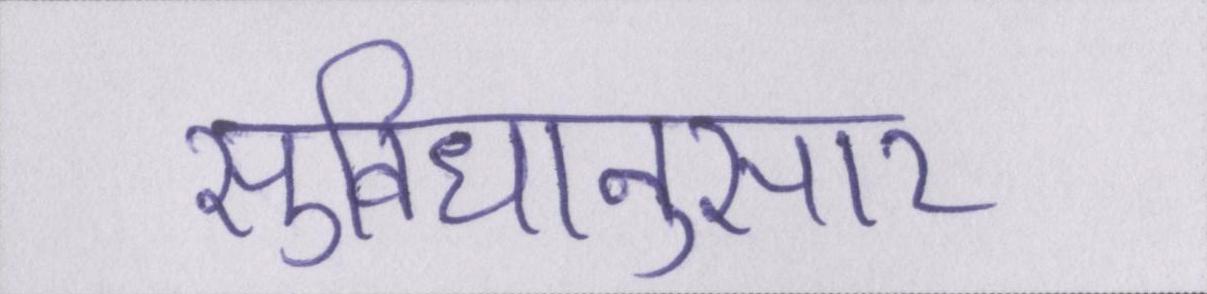
सुविधानुसार